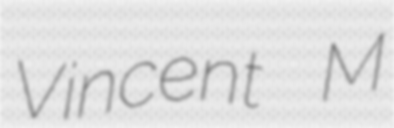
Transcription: Vincent M